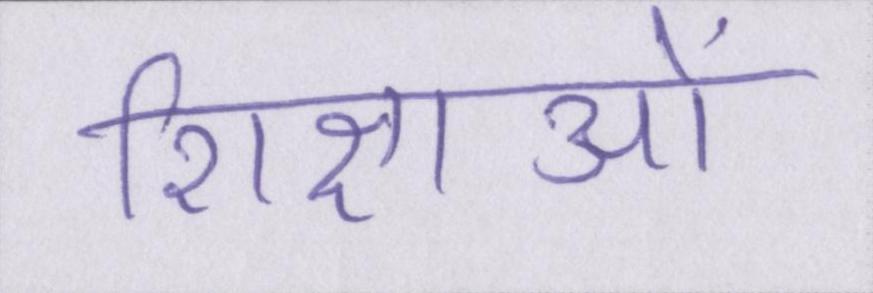
शिक्षाओं